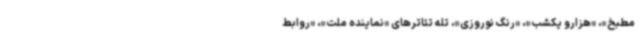
مطبخ»، «هزارو یکشب»، «رنگ نوروزی»، تله تئاترهای «نماینده ملت»، «روابط